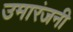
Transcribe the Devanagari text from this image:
उमारंजनी